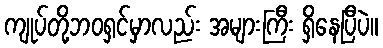
ကျုပ်တို့ဘဝရှင်မှာလည်း အများကြီး ရှိနေပြီပဲ။